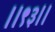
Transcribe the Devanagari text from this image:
।।९३।।